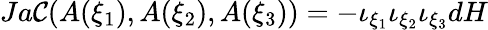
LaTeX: Ja\mathcal{C}(A(\xi_{1}),A(\xi_{2}),A(\xi_{3}))=-\iota_{\xi_{1}}\iota_{\xi_{2}}\iota_{\xi_{3}}dH